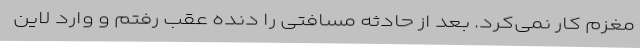
مغزم کار نمی‌کرد. بعد از حادثه مسافتی را دنده عقب رفتم و وارد لاین